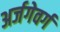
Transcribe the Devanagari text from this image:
अर्जगेवर्ग